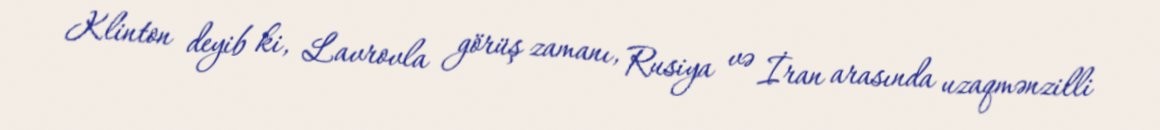
Klinton deyib ki, Lavrovla görüş zamanı, Rusiya və İran arasında uzaqmənzilli